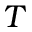
T